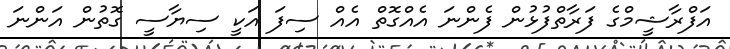
އަފްރާޝީމްގެ ފަރާތްފުޅުން ފެންނަ އެއްގޮތް އެއް ސިފަ އަކީ ސިޔާސީ ގޮތުން އަންނަ